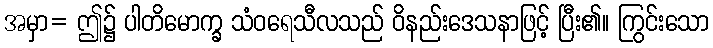
အမှာ= ဤ၌ ပါတိမောက္ခ သံဝရေသီလသည် ဝိနည်းဒေသနာဖြင့် ပြီး၏။ ကြွင်းသော